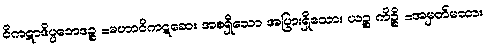
ဝိကဋာဒိပ္ပဘေဒဉ္စ =မဟာဝိကဋဆေး အစရှိသော အပြားရှိသော။ ယဉ္စ ကိဉ္စိ =အမှတ်မထား